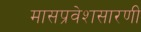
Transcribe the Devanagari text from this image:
मासप्रवेशसारणी